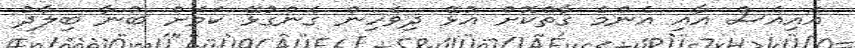
އައިއެސް އާއި އެންމެ ގާތްކޮށް އުޅޭ ދިވެހިން ގެންގުޅޭ ކަމަށް ބުނާ ބިލާދު